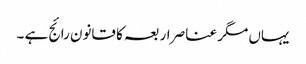
یہاں مگر عناصر اربعہ کا قانون رائج ہے ۔